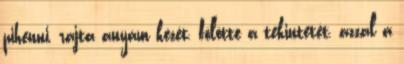
pihenni, rajta anyám kezét, fölötte a tekintetét, azzal a